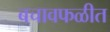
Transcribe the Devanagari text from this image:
बचावफळीत